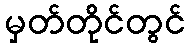
မှတ်တိုင်တွင်